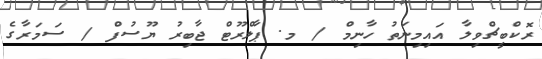
ރޮކްބީޗްވިލާ އައިމިނަތު ހާނިމް / މ. ޕާލްރޫޓް ޖާބިރު ޔޫސުފް / ސަމަރާގެ